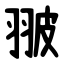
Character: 翍